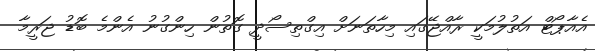
އެއާޕޯޓް އަތުލުމަކީ ރާއްޖޭގައި މިހާތަނަށް އިގްތިސޯދީ ގޮތުން ހިންގުނު އެންމެ ބޮޑު ޖަރީމާ